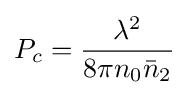
P_{c}={\lambda ^{2} \over 8\pi n_{0}{\bar {n}}_{2}}